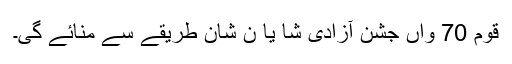
قوم 70 واں جشن آزادی شا یا ن شان طریقے سے منائے گی۔